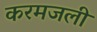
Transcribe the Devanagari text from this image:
करमजली